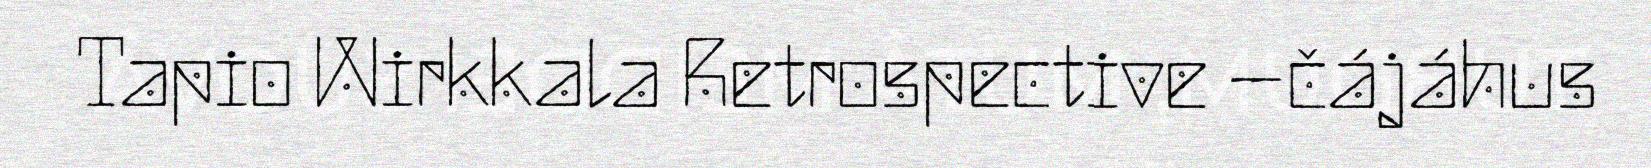
Tapio Wirkkala Retrospective –čájáhus